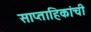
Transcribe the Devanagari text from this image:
साप्ताहिकांची